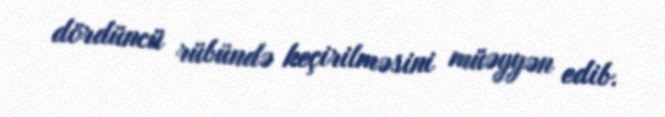
dördüncü rübündə keçirilməsini müəyyən edib.